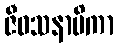
ဇီဝသနာမိကာ